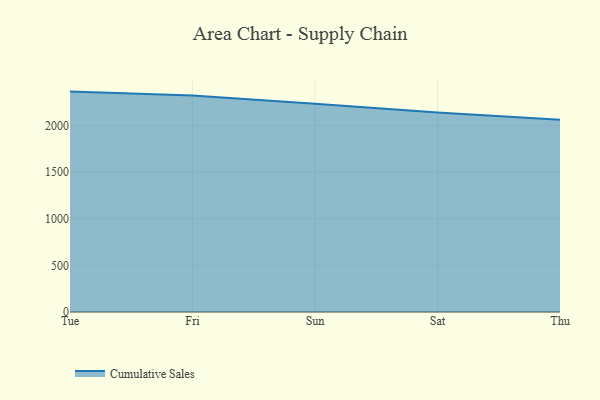
{"axis": {"x": "Day", "y": "Conversion Rate (%)"}, "legend": ["Cumulative Sales"], "data": [{"x": "Tue", "y": 2363.1, "type": "Cumulative Sales"}, {"x": "Fri", "y": 2322.2, "type": "Cumulative Sales"}, {"x": "Sun", "y": 2233.9, "type": "Cumulative Sales"}, {"x": "Sat", "y": 2139.2, "type": "Cumulative Sales"}, {"x": "Thu", "y": 2060.0, "type": "Cumulative Sales"}]}